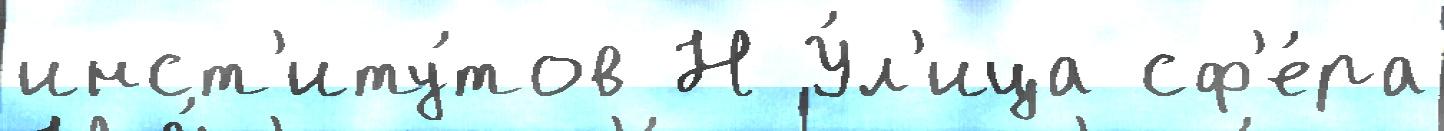
инст'иту́тов Н У́л'ица сф'е́ра